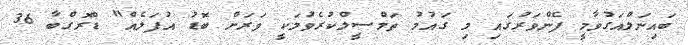
ބައިނަލްއަގުވާމީ ފެންވަރުގައި މި ގައުމު ތަމްސީލްކުރެވުމަކީ ވަރަށް ބޮޑު އުފަލެއް" ޑްރޮގްބާ 36